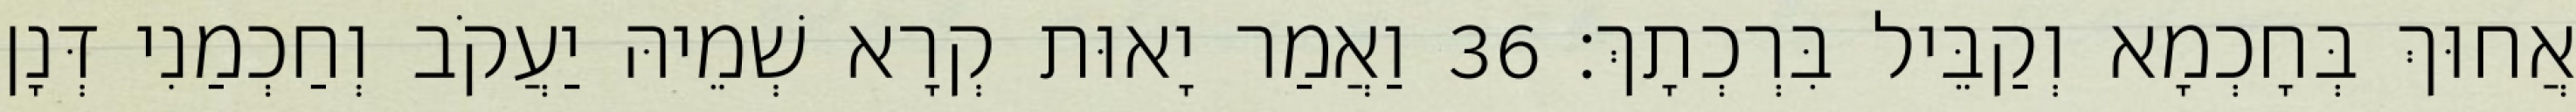
אֲחוּךְ בְּחָכְמָא וְקַבֵּיל בִּרְכְתָךְ׃ 36 וַאֲמַר יָאוּת קְרָא שְׁמֵיהּ יַעֲקֹב וְחַכְמַנִי דְּנָן